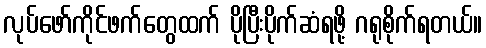
လုပ်ဖော်ကိုင်ဖက်တွေထက် ပိုပြီးပိုက်ဆံရဖို့ ဂရုစိုက်ရတယ်။